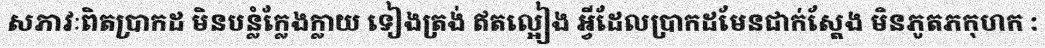
សភាវៈពិតប្រាកដ មិនបន្លំក្លែងក្លាយ ទៀងត្រង់ ឥតល្អៀង អ្វីដែលប្រាកដមែនជាក់ស្តែង មិនភូតភកុហក :